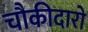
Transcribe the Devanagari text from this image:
चौकीदारो